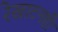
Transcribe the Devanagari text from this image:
रेखाटनही